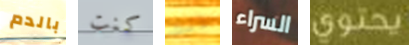
بالدم كنت ذلك السراء يحتوي